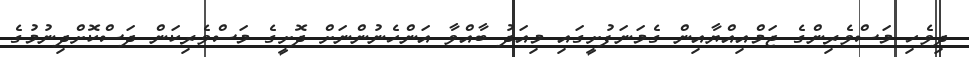
ދިވެހި މަސްވެރިންގެ ޖަމްއިއްޔާއިން ގެމަނަފުށީގައި މިއަދު ބާއްވާ އަންހެނުންނަށް ދޮށީގެ މަސްވެރިކަން ދަސްކޮށްދިނުމުގެ